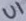
Text: U1